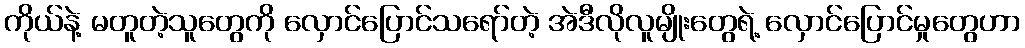
ကိုယ်နဲ့ မတူတဲ့သူတွေကို လှောင်ပြောင်သရော်တဲ့ အဲဒီလိုလူမျိုးတွေရဲ့ လှောင်ပြောင်မှုတွေဟာ